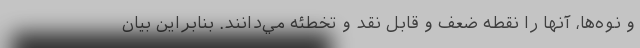
و نوه‌ها، آنها را نقطه ضعف و قابل نقد و تخطئه مي‌دانند. بنابراين بيان